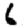
Digit: 6